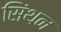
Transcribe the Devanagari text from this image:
सिंथन